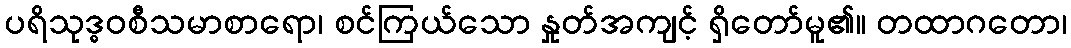
ပရိသုဒ္ဓဝစီသမာစာရော၊ စင်ကြယ်သော နှုတ်အကျင့် ရှိတော်မူ၏။ တထာဂတော၊